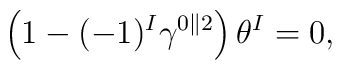
\left(1 - (-1)^I\gamma^{0\parallel 2}\right)\theta^I = 0 ,